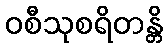
ဝစီသုစရိတန္တိ